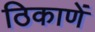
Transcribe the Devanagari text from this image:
ठिकाणें